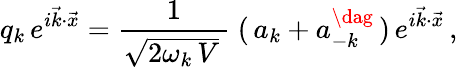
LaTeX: q_{k}\, e^{i\vec{k}\cdot\vec{x}}=\frac{1}{\sqrt{2\omega_{k}\, V}\, }\; (\, a_{k}+a_{-k}^{\dag}\, )\, e^{i\vec{k}\cdot\vec{x}}\, ,